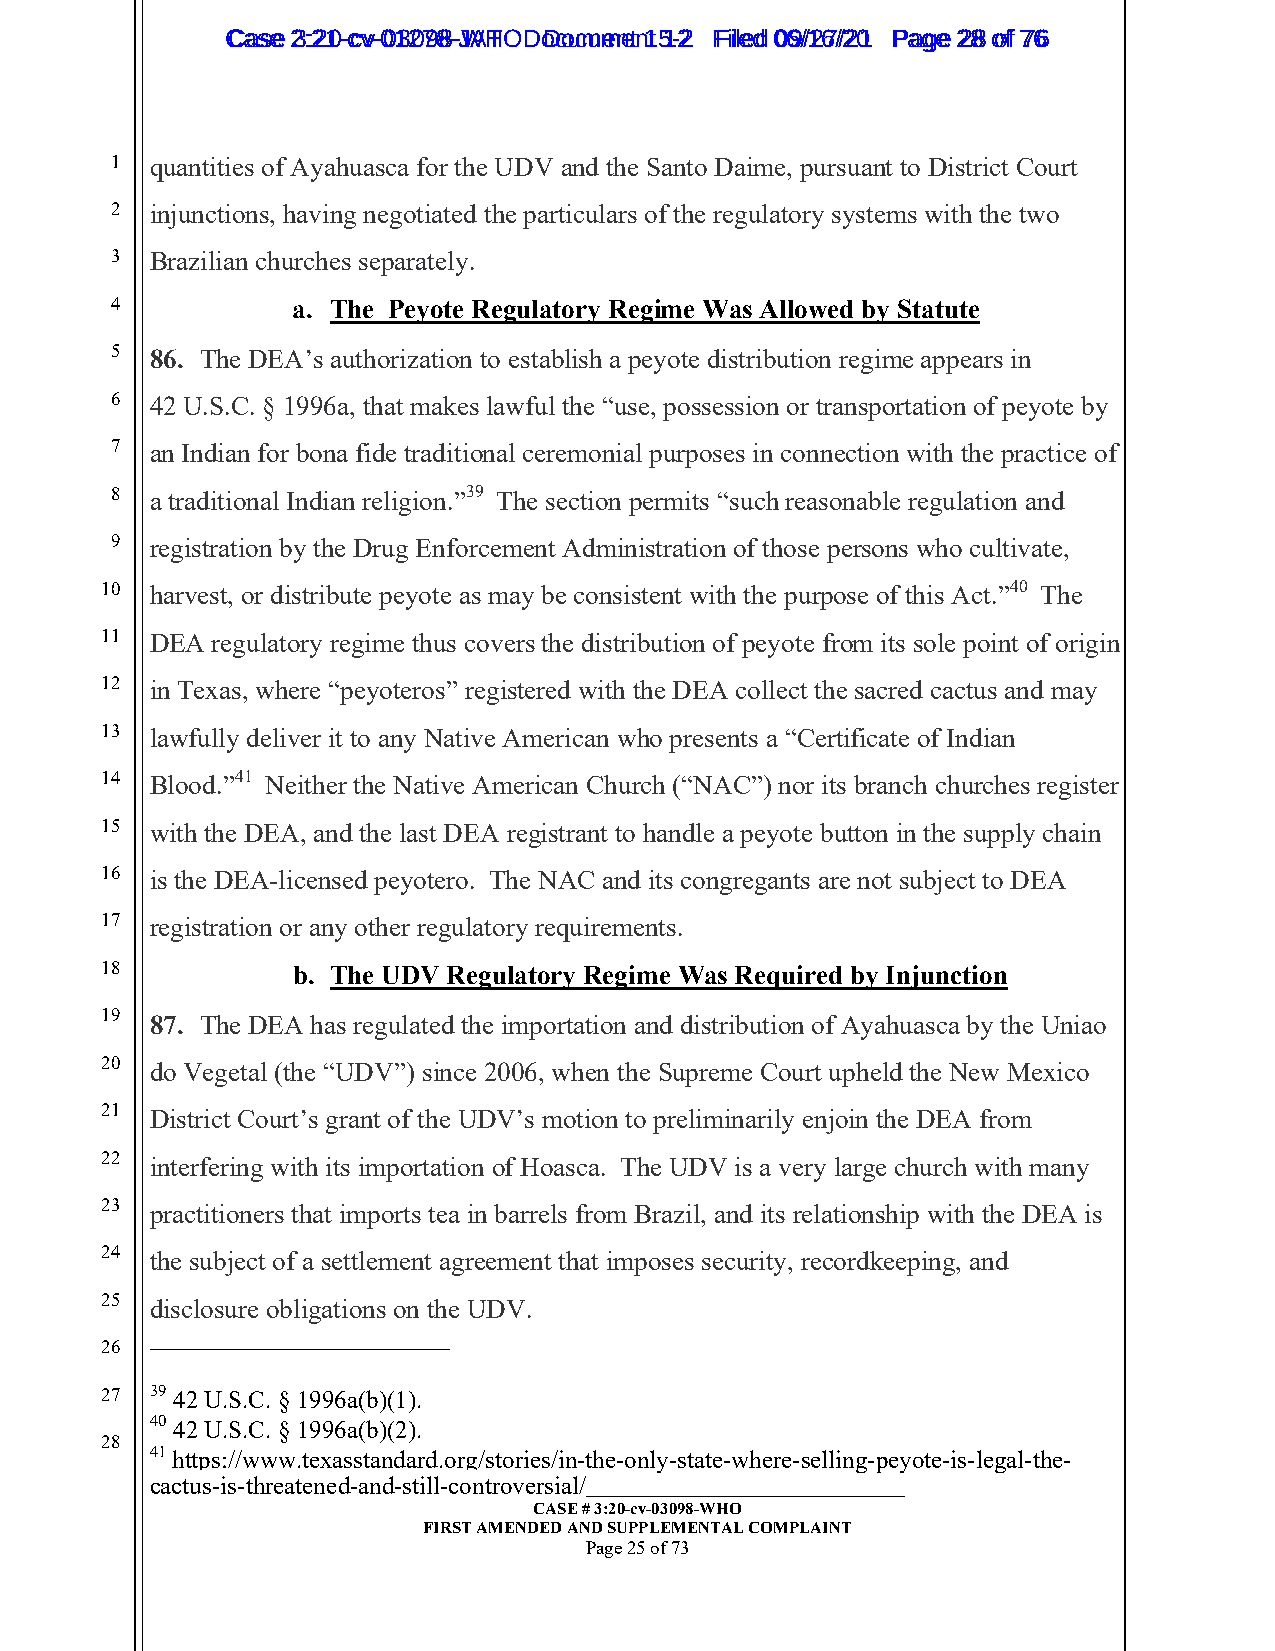
CCaassee 23::2210--ccvv--0013207988--JWAHT O D oDcoucmumenetn 1t 51-22 FFiilleedd 0069//1267//2201 PPaaggee 2288 ooff 7766
 1  quantities of Ayahuasca for the UDV and the Santo Daime, pursuant to District Court
 2  injunctions, having negotiated the particulars of the regulatory systems with the two
 3  Brazilian churches separately.
 4           a. The Peyote Regulatory Regime Was Allowed by Statute
 5  86. The DEA’s authorization to establish a peyote distribution regime appears in
 6  42 U.S.C. § 1996a, that makes lawful the “use, possession or transportation of peyote by
 7  an Indian for bona fide traditional ceremonial purposes in connection with the practice of
 8  a traditional Indian religion.”39 The section permits “such reasonable regulation and
 9  registration by the Drug Enforcement Administration of those persons who cultivate,
 10 harvest, or distribute peyote as may be consistent with the purpose of this Act.”40 The
 11 DEA regulatory regime thus covers the distribution of peyote from its sole point of origin
 12 in Texas, where “peyoteros” registered with the DEA collect the sacred cactus and may
 13 lawfully deliver it to any Native American who presents a “Certificate of Indian
 14 Blood.”41 Neither the Native American Church (“NAC”) nor its branch churches register
 15 with the DEA, and the last DEA registrant to handle a peyote button in the supply chain
 16 is the DEA-licensed peyotero. The NAC and its congregants are not subject to DEA
 17 registration or any other regulatory requirements.
 18          b. The UDV Regulatory Regime Was Required by Injunction
 19 87. The DEA has regulated the importation and distribution of Ayahuasca by the Uniao
 20 do Vegetal (the “UDV”) since 2006, when the Supreme Court upheld the New Mexico
 21 District Court’s grant of the UDV’s motion to preliminarily enjoin the DEA from
 22 interfering with its importation of Hoasca. The UDV is a very large church with many
 23 practitioners that imports tea in barrels from Brazil, and its relationship with the DEA is
 24 the subject of a settlement agreement that imposes security, recordkeeping, and
 25 disclosure obligations on the UDV.
 26
 27 39 42 U.S.C. § 1996a(b)(1).
 40 42 U.S.C. § 1996a(b)(2).
 28
 41 https://www.texasstandard.org/stories/in-the-only-state-where-selling-peyote-is-legal-the-
 cactus-is-threatened-an__d_-_s_t_il_l_-_c_o_n__tr_o__v_e_r_s_i_a_l_/_ _________________________________
 CASE # 3:20-cv-03098-WHO
 FIRST AMENDED AND SUPPLEMENTAL COMPLAINT
 Page 25 of 73